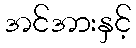
အင်အားနှင့်